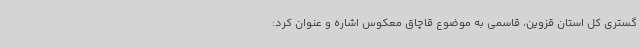
گستری کل استان قزوین، قاسمی به موضوع قاچاق معکوس اشاره و عنوان کرد: